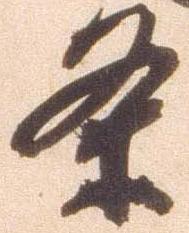
条